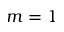
m = 1